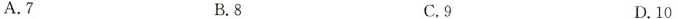
A.7 B.8 C.9 D.10